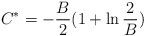
\begin{align*}C^{*}=-\frac{B}{2}(1+\ln \frac{2}{B}) \end{align*}